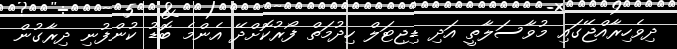
ދިވެހިރާއްޖޭގައި މުވާސަލާތީ އަދި ޑިޖިޓަލް ހިދުމަތް ފޯރުކޮށްދޭ އެންމެ ބޮޑު ކުންފުނި ދިރާގުން